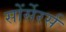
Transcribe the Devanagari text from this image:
सोंर्सेरर्स